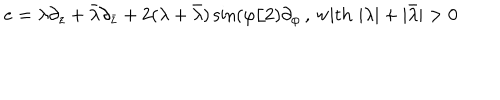
e = \lambda \partial _ { z } + \bar { \lambda } \partial _ { \bar { z } } + 2 ( \lambda + \bar { \lambda } ) \sin ( \varphi / 2 ) \partial _ { \varphi } \, , \, \mathrm { w i t h } \, \, | \lambda | + | \bar { \lambda } | > 0